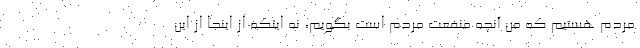
مردم هستیم که من آنچه منفعت مردم است بگویم، نه اینکه از اینجا از این